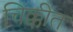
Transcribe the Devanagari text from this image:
चिक्कीत